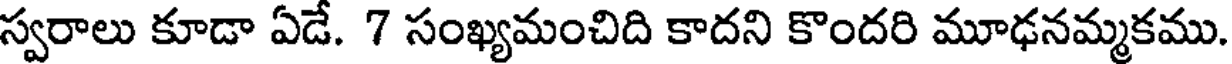
స్వరాలు కూడా ఏడే. 7 సంఖ్యమంచిది కాదని కొందరి మూఢనమ్మకము.